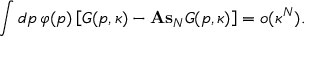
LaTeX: \int d p \, \varphi ( p ) \left[ G ( p , \kappa ) - \mathrm { \bf A s } _ { N } G ( p , \kappa ) \right] = o ( \kappa ^ { N } ) .